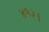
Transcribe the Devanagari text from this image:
४१२।